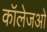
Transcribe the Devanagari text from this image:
कॉलेजओ